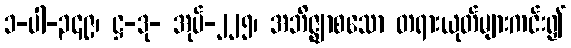
၁-ပါ-၃၄၉၊ ဋ္ဌ-ဒု- အုပ်-၂၂၅၊ အဘိဇ္ဈာစသော တရားယုတ်များကင်း၍